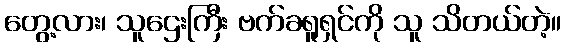
တွေ့လား၊ သူဌေးကြီး ဗက်ခရူရှင်ကို သူ သိတယ်တဲ့။